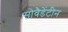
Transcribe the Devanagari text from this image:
सोवैडेंटीन